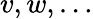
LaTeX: v,w,\dots